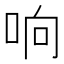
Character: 响